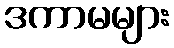
ဒကာမများ